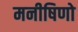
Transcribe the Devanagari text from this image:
मनीषिणो